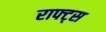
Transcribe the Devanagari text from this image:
राफ्ट्स